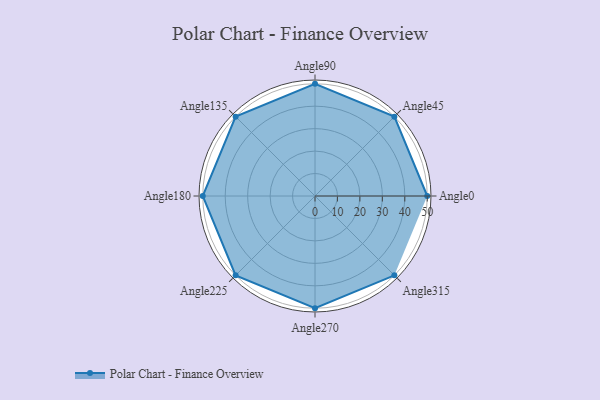
{"axis": {"x": "Angle", "y": "Radius"}, "legend": [""], "data": [{"x": "Angle0", "y": 50, "type": ""}, {"x": "Angle45", "y": 50, "type": ""}, {"x": "Angle90", "y": 50, "type": ""}, {"x": "Angle135", "y": 50, "type": ""}, {"x": "Angle180", "y": 50, "type": ""}, {"x": "Angle225", "y": 50, "type": ""}, {"x": "Angle270", "y": 50, "type": ""}, {"x": "Angle315", "y": 50, "type": ""}]}